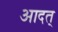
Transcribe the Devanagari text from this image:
आदत्